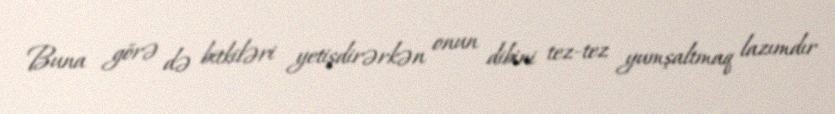
Buna görə də bitkiləri yetişdirərkən onun dibini tez-tez yumşaltmaq lazımdır